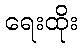
ရေးထိုး